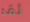
لقد